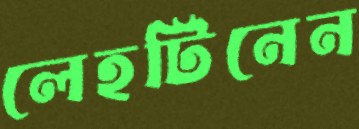
লেহটিনেন